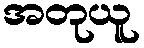
အတုယူ